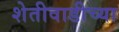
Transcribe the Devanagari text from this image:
शेतीवाडीच्या